Statistical return of the lunatic asylum in Assam - 1912-1932
Year: 1912
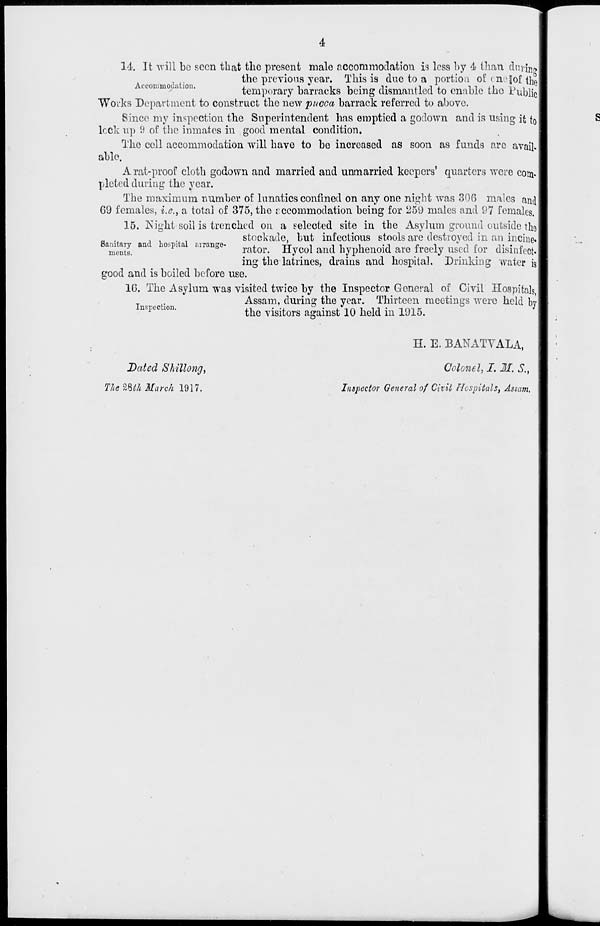
14. It -will be seen that the present male accommodation is less by 4< than dnvjjjJ
the previous year. This is due to a portion ofcnejofthe
temporary barracks being dismantled to enable the Public
Works Department to construct the new pucca barrack referred to above.
Since my inspection the Superintendent has emptied a godown and is using it to
lock up 9 of the inmates in good mental condition.
The cell accommodation will have to be increased as soon as funds are avail-
able.
A rat-proof cloth godown and married and unmarried keepers' quarters were com-
pleted during the year.
The maximum number of lunatics confined on any one night was 306 males and
69 females, i.e., a total of 375, the accommodation being for 259 males and 97 females.
15. Night soil is trenched on a selected site in the Asylum ground outside the
stockade, but infectious stools are destroyed in an incine.
"mcnls. an °P 1 a airange " rator. Hycol and hyphenoid are freely used for disinfect-
ing the latrines, drains and hospital. Drinking water is
good and is boiled before use.
16. The Asylum was visited twice by the Inspector General of Civil Hospitals,
Assam, during the year. Thirteen meetings were held by
nspec 10n '
the visitors against 10 held in 1915.
Dated Shillong,
The m/i March 1917.
H. E. BANATVALA,
Colonel, I. M. S.,
Inspector General of Civil Hospitals, Assam.